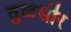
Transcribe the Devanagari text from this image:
तुळसीर